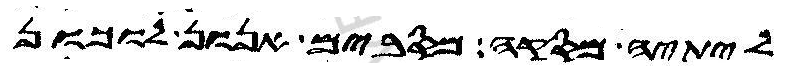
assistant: ליתיה מסקה מסבים אנון לוכון